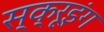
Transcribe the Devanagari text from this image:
स्क्रूइंग